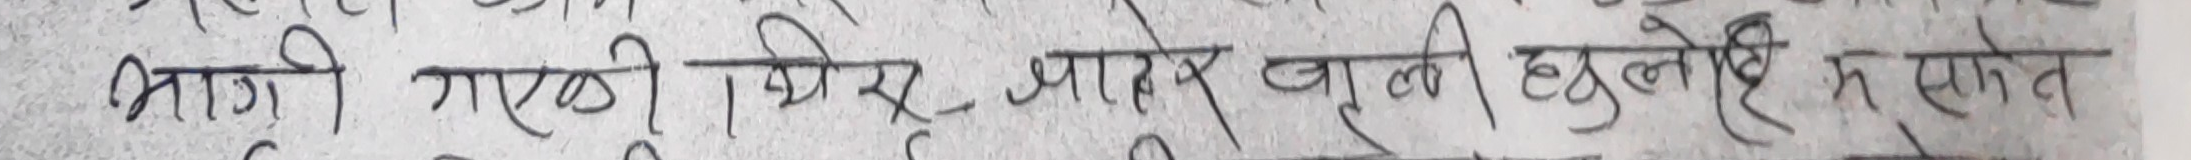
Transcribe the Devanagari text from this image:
माझी गाकी, फिरू मात्र जुली छुलेही ह सकत